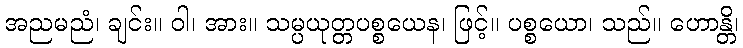
အညမညံ၊ ချင်း။ ဝါ၊ အား။ သမ္ပယုတ္တပစ္စယေန၊ ဖြင့်။ ပစ္စယော၊ သည်။ ဟောန္တိ၊